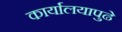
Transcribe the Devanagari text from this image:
कार्यालयापुढे